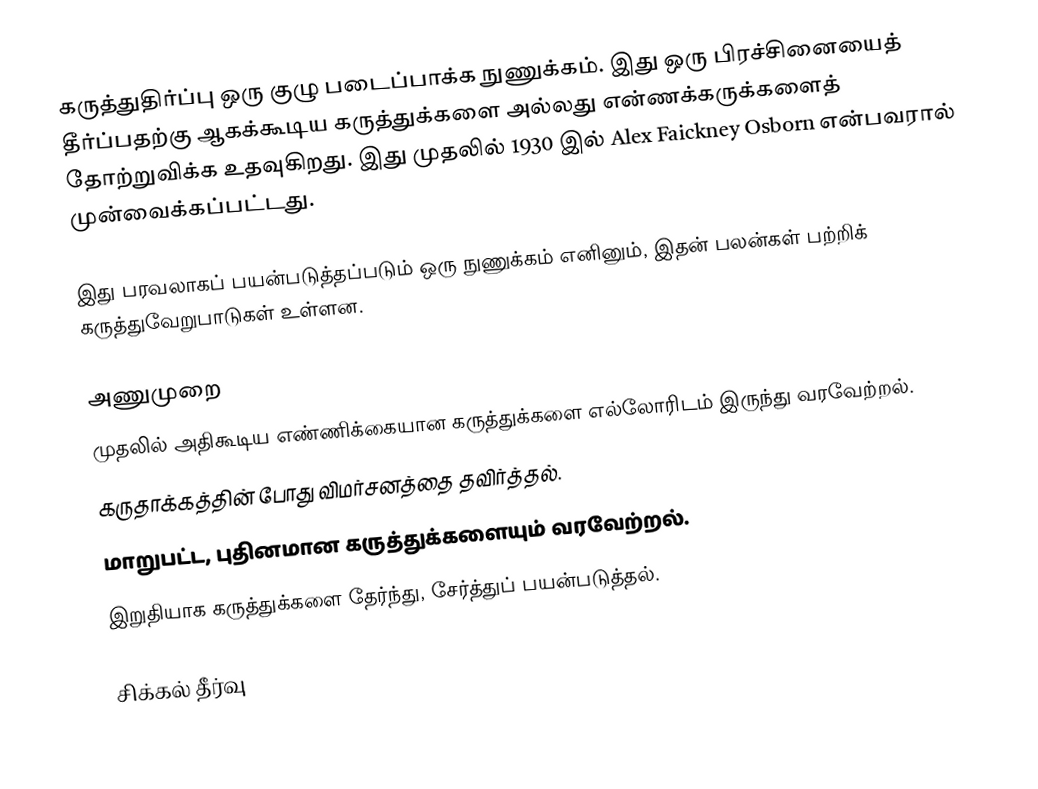
கருத்துதிர்ப்பு ஒரு குழு படைப்பாக்க நுணுக்கம்.  இது ஒரு பிரச்சினையைத் தீர்ப்பதற்கு ஆகக்கூடிய கருத்துக்களை அல்லது என்ணக்கருக்களைத் தோற்றுவிக்க உதவுகிறது.  இது முதலில் 1930 இல் Alex Faickney Osborn என்பவரால் முன்வைக்கப்பட்டது.

இது பரவலாகப் பயன்படுத்தப்படும் ஒரு நுணுக்கம் எனினும், இதன் பலன்கள் பற்றிக் கருத்துவேறுபாடுகள் உள்ளன.

அணுமுறை
 முதலில் அதிகூடிய எண்ணிக்கையான கருத்துக்களை எல்லோரிடம் இருந்து வரவேற்றல்.
 கருதாக்கத்தின் போது விமர்சனத்தை தவிர்த்தல்.
 மாறுபட்ட, புதினமான கருத்துக்களையும் வரவேற்றல்.
 இறுதியாக கருத்துக்களை தேர்ந்து, சேர்த்துப் பயன்படுத்தல்.

சிக்கல் தீர்வு